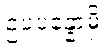
ဥပပန္နောမှိ